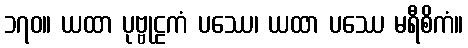
၁၇၀။ ယထာ ပုဗ္ဗုဠကံ ပဿေ၊ ယထာ ပဿေ မရီစိကံ။